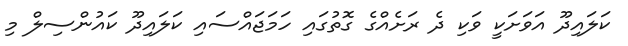
ކަލައިދޫ އަވަށަކީ ވަކި ދެ ރަށެއްގެ ގޮތުގައި ހަމަޖައްސައި ކަލައިދޫ ކައުންސިލް މި